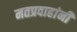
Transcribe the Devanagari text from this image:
मतप्रवाहांनी